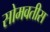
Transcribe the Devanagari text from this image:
सोमवतीस